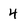
Character: 4